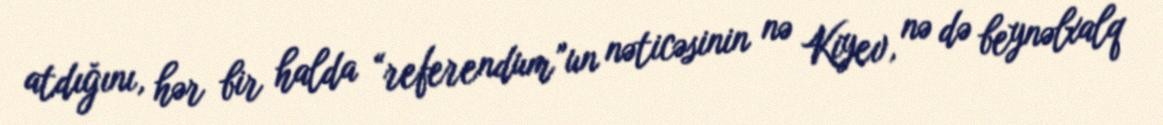
atdığını, hər bir halda “referendum”un nəticəsinin nə Kiyev, nə də beynəlxalq